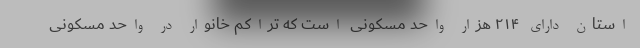
استان دارای ۲۱۴ هزار واحد مسکونی است که تراکم خانوار در واحد مسکونی